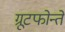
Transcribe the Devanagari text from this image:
ग्रूटफोन्तें